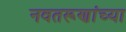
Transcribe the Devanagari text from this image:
नवतरूणांच्या